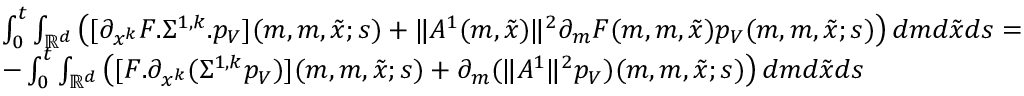
\begin{array} { r l } & { \int _ { 0 } ^ { t } \int _ { \mathbb { R } ^ { d } } \left( [ \partial _ { x ^ { k } } F . \Sigma ^ { 1 , k } . p _ { V } ] ( m , m , \tilde { x } ; s ) + { \| A ^ { 1 } ( m , \tilde { x } ) \| ^ { 2 } } \partial _ { m } F ( m , m , \tilde { x } ) { p _ { V } ( m , m , \tilde { x } ; s ) } \right) d m d \tilde { x } d s = } \\ & { - \int _ { 0 } ^ { t } \int _ { \mathbb { R } ^ { d } } \left( [ F . \partial _ { x ^ { k } } ( \Sigma ^ { 1 , k } p _ { V } ) ] ( m , m , \tilde { x } ; s ) + \partial _ { m } ( \| A ^ { 1 } \| ^ { 2 } p _ { V } ) ( m , m , \tilde { x } ; s ) \right) d m d \tilde { x } d s } \end{array}